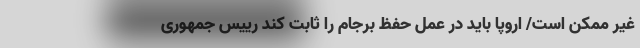
غیر ممکن است/ اروپا باید در عمل حفظ برجام را ثابت کند رییس جمهوری